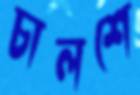
চালশে